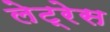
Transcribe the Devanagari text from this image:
लेट्रेस